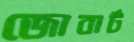
জোবার্ট